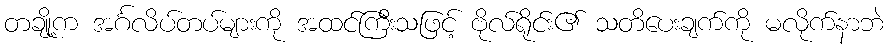
တချို့က အင်္ဂလိပ်တပ်များကို အထင်ကြီးသဖြင့် ဗိုလ်ရိုင်း၏ သတိပေးချက်ကို မလိုက်နာဘဲ